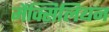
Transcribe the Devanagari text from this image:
मैक्सिलियन